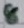
Text: 8